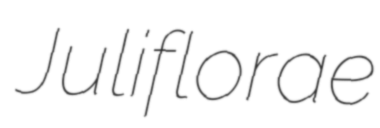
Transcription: Juliflorae